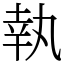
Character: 執